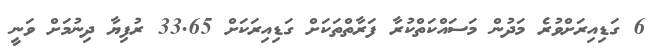
6 ގަޑިއިރަށްވުރެ މަދުން މަސައްކަތްކުރާ ފަރާތްތަކަށް ގަޑިއިރަކަށް 33.65 ރުފިޔާ ދިނުމަށް ވަނީ